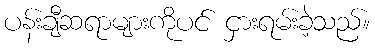
ပန်းချီဆရာများကိုပင် ငှားရမ်းခဲ့သည်။